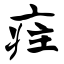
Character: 疰